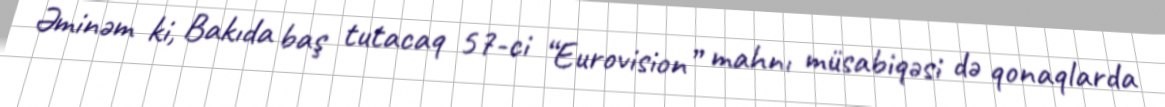
Əminəm ki, Bakıda baş tutacaq 57-ci “Eurovision” mahnı müsabiqəsi də qonaqlarda